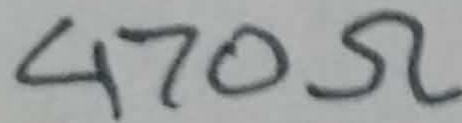
Text: 470Ω